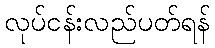
လုပ်ငန်းလည်ပတ်ရန်